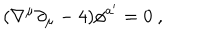
( \nabla ^ { \mu } \partial _ { \mu } - 4 ) \phi ^ { a ^ { \prime } } = 0 \ ,